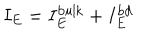
I _ { E } = I _ { E } ^ { \mathrm { b u l k } } + I _ { E } ^ { \mathrm { b d } }